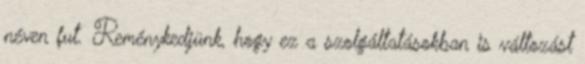
néven fut. Reménykedjünk, hogy ez a szolgáltatásokban is változást